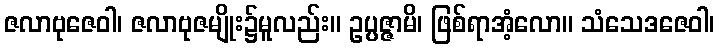
ဇလာဗုဇေဝါ၊ ဇလာဗုဇမျိုး၌မူလည်း။ ဥပ္ပဇ္ဇာမိ၊ ဖြစ်ရာအံ့လော။ သံသေဒဇေဝါ၊